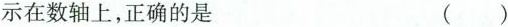
示在数轴上，正确的是 ()